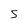
Character: S